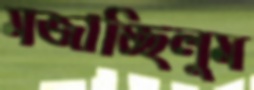
মজাচ্ছিলুম